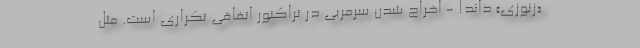
«زنوزی» داند! - اخراج شدن سرمربی در تراکتور اتفاقی تکراری است. مثل